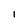
Character: 1